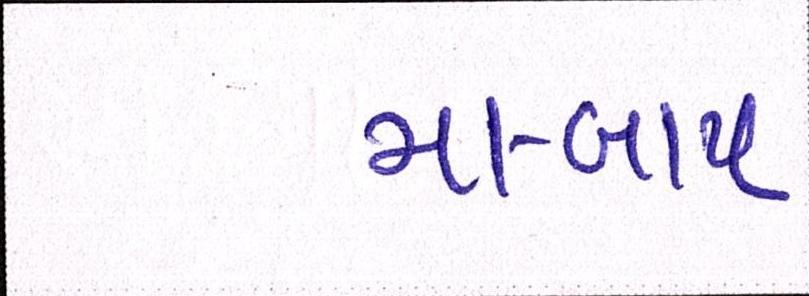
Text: મા-બાપ